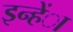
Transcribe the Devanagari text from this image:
इन्हेंा